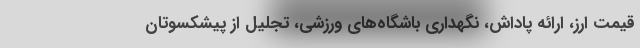
قیمت ارز، ارائه پاداش، نگهداری باشگاه‌های ورزشی، تجلیل از پیشکسوتان